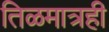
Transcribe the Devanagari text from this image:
तिळमात्रही